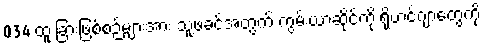
034 ထူးခြားဖြစ်စဉ်များအား သူ့ဖခင်အတွက် ကွမ်းယာဆိုင်ကို ရိုဟင်ဂျာတွေကို